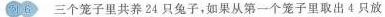
例6 三个笼子里共养24只兔子，如果从第一个笼子里取出4只放